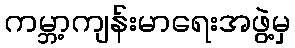
ကမ္ဘာ့ကျန်းမာရေးအဖွဲ့မှ